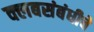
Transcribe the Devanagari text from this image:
क्लबसंबंधीचे